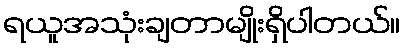
ရယူအသုံးချတာမျိုးရှိပါတယ်။